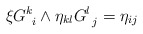
\begin{align*}\xi G^{k}_{\ i} \wedge \eta_{kl} G^{l}_{\ j} = \eta_{ij}\end{align*}